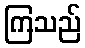
ကြသည်